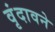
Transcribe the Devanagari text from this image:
वृंदावने